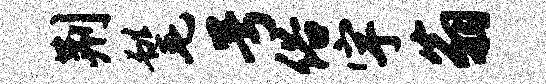
荆髦号俗宇翁